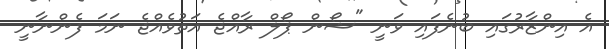
އެ އިންޒާރުގައި ބުނެފައި ވަނީ "ޝޯން ޕޯލް ރާއްޖެ އަތުވެއްޖެ ނަމަ ފެންނާނީ